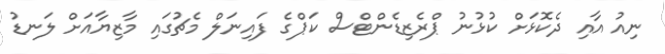
ނިއު އާއި ދެކޮޅަށް ކުޅުނު ޕްރެޒިޑެންޓްސް ކަޕްގެ ފައިނަލް މެޗުގައި މާޒިޔާއަށް ލަނޑު